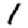
Digit: 1